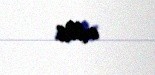
edilib.